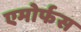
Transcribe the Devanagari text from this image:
एमोर्फस